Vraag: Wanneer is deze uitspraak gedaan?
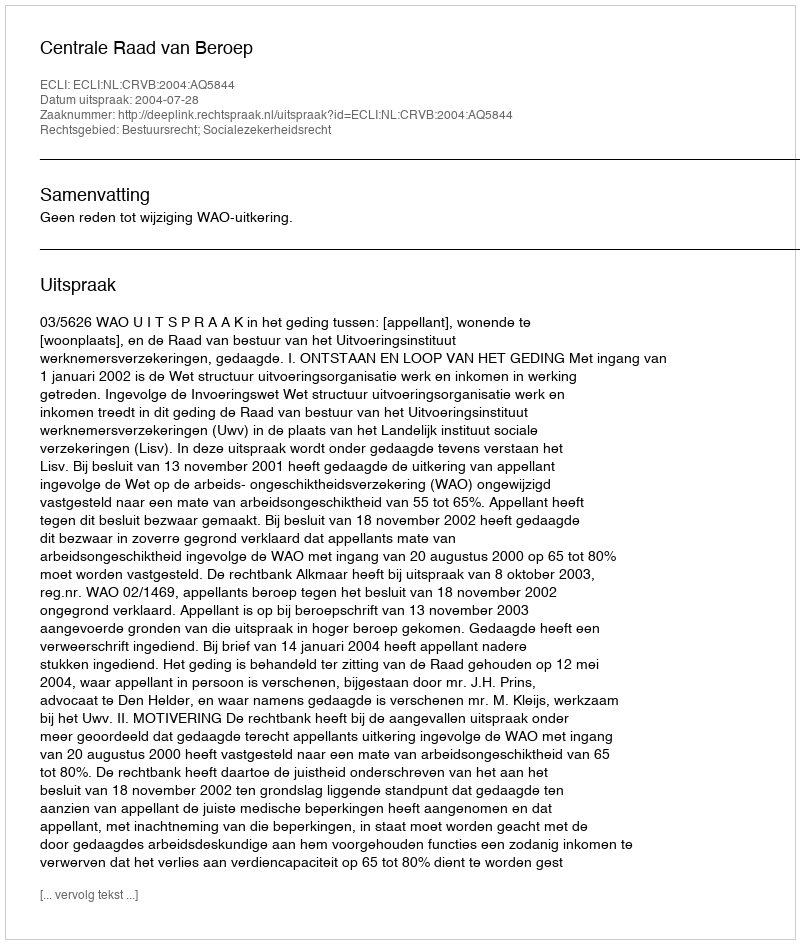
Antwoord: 2004-07-28